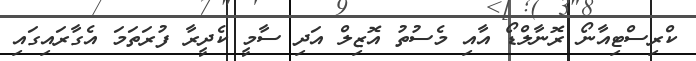
ކްރިސްޓިއާނޯ ރޮނާލްޑޯ އާއި މެސުތު އޮޒިލް އަދި ސާމީ ކެދީރާ ފުރަތަމަ އެގާރައިގައި